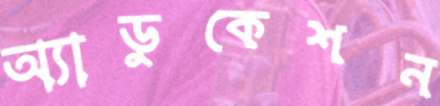
অ্যাডুকেশন